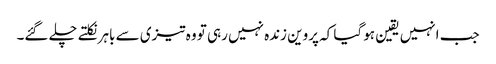
جب انہیں یقین ہو گیا کہ پروین زندہ نہیں رہی تو وہ تیزی سے باہر نکلتے چلے گئے۔